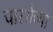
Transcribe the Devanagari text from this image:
चारशेच्या